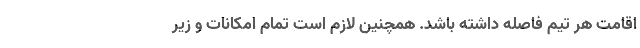
اقامت هر تیم فاصله داشته باشد. همچنین لازم است تمام امکانات و زیر